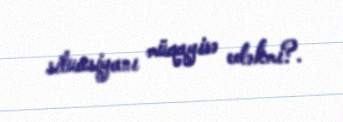
situasiyanı müqayisə edəkmi?.